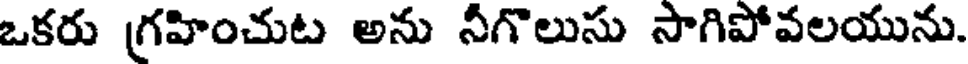
ఒకరు గ్రహించుట అను నీగొలుసు సాగిపోవలయును.